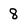
Character: 8